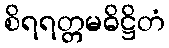
စိရရတ္တမဓိဋ္ဌိတံ